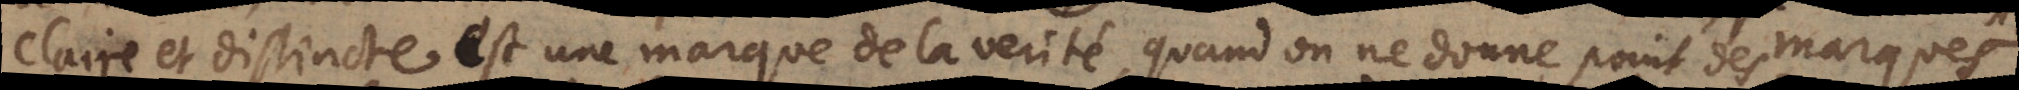
claire et distincte est une marque de la verite, quand on ne donne point des marques